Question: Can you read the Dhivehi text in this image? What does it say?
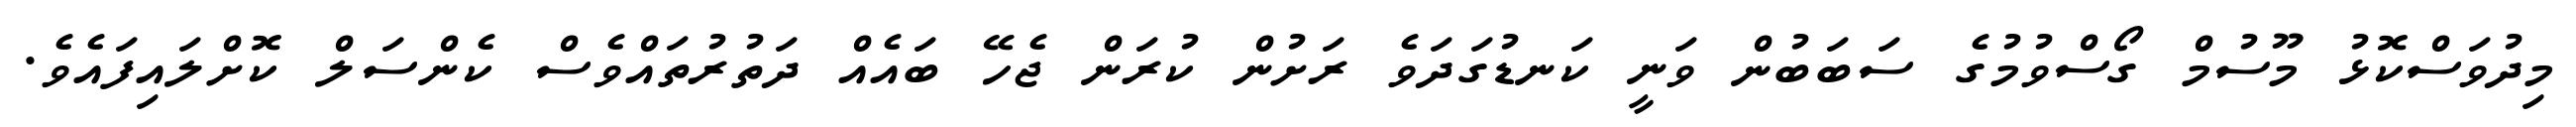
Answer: މިދުވަސްކޮޅު މޫސުމް ގޯސްވުމުގެ ސަބަބުން ވަނީ ކަނޑުގަދަވެ ރަށުން ކުރަން ޖެހޭ ބައެއް ދަތުރުތައްވެސް ކެންސަލް ކޮށްލައިފައެވެ.